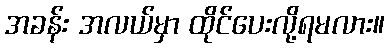
အခန်း အလယ်မှာ ထိုင်ပေးလို့ရမလား။